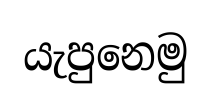
යැපුනෙමු